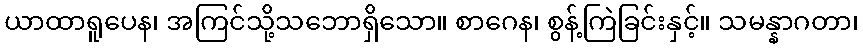
ယာထာရူပေန၊ အကြင်သို့သဘောရှိသော။ စာဂေန၊ စွန့်ကြဲခြင်းနှင့်။ သမန္နာဂတာ၊